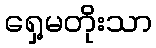
ရှေ့မတိုးသာ